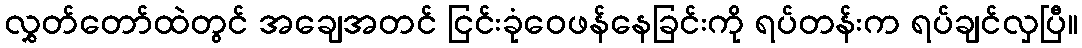
လွှတ်တော်ထဲတွင် အချေအတင် ငြင်းခုံဝေဖန်နေခြင်းကို ရပ်တန်းက ရပ်ချင်လှပြီ။